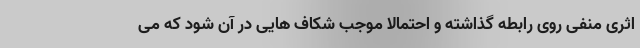
اثری منفی روی رابطه گذاشته و احتمالا موجب شکاف هایی در آن شود که می